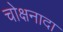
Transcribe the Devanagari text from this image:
चोक्षनादा